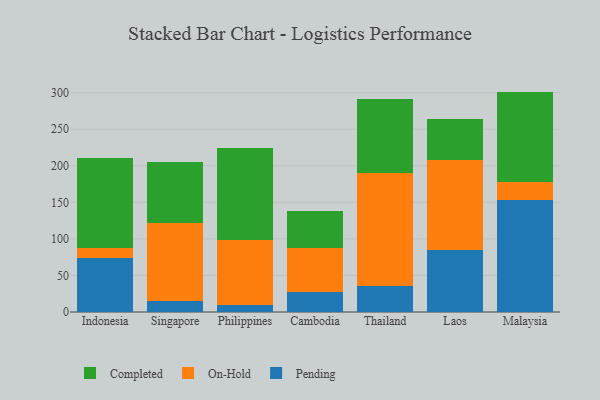
{"axis": {"x": "Country", "y": "Production Output"}, "legend": ["Completed", "On-Hold", "Pending"], "data": [{"x": "Indonesia", "y": 73.3, "type": "Pending"}, {"x": "Indonesia", "y": 13.7, "type": "On-Hold"}, {"x": "Indonesia", "y": 123.7, "type": "Completed"}, {"x": "Singapore", "y": 15.1, "type": "Pending"}, {"x": "Singapore", "y": 106.6, "type": "On-Hold"}, {"x": "Singapore", "y": 83.9, "type": "Completed"}, {"x": "Philippines", "y": 8.9, "type": "Pending"}, {"x": "Philippines", "y": 89.2, "type": "On-Hold"}, {"x": "Philippines", "y": 126.0, "type": "Completed"}, {"x": "Cambodia", "y": 27.1, "type": "Pending"}, {"x": "Cambodia", "y": 61.0, "type": "On-Hold"}, {"x": "Cambodia", "y": 50.6, "type": "Completed"}, {"x": "Thailand", "y": 35.0, "type": "Pending"}, {"x": "Thailand", "y": 155.2, "type": "On-Hold"}, {"x": "Thailand", "y": 101.0, "type": "Completed"}, {"x": "Laos", "y": 84.2, "type": "Pending"}, {"x": "Laos", "y": 124.0, "type": "On-Hold"}, {"x": "Laos", "y": 55.6, "type": "Completed"}, {"x": "Malaysia", "y": 153.7, "type": "Pending"}, {"x": "Malaysia", "y": 24.7, "type": "On-Hold"}, {"x": "Malaysia", "y": 123.1, "type": "Completed"}]}